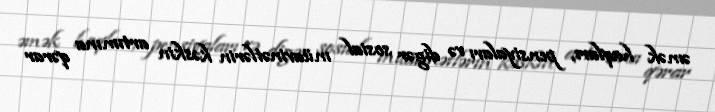
əmək haqları, pensiyaları və digər sosial müavinətlərin kəskin artımına qərar